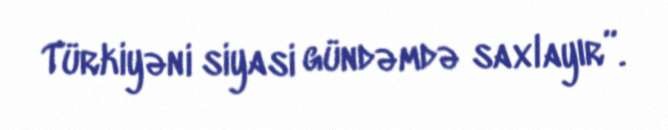
Türkiyəni siyasi gündəmdə saxlayır”.